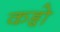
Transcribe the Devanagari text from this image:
कहृो